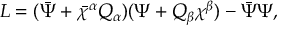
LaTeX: L = ( { \bar { \Psi } } + { \bar { \chi } } { } ^ { \alpha } { \cal Q } _ { \alpha } ) ( \Psi + { \cal Q } _ { \beta } \chi ^ { \beta } ) - { \bar { \Psi } } \Psi ,